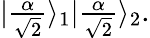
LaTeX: \begin{array}{r}{|\frac{\alpha}{\sqrt{2}}\rangle_{1}|\frac{\alpha}{\sqrt{2}}\rangle_{2}.}\end{array}